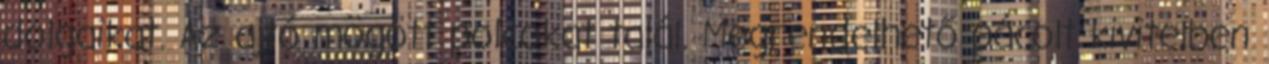
dolgaikat. Az ajtó mögött polcokat talál. Megrendelhető pácolt kivitelben